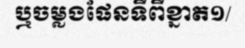
ឬចម្លងផែនទីពីខ្នាត១/